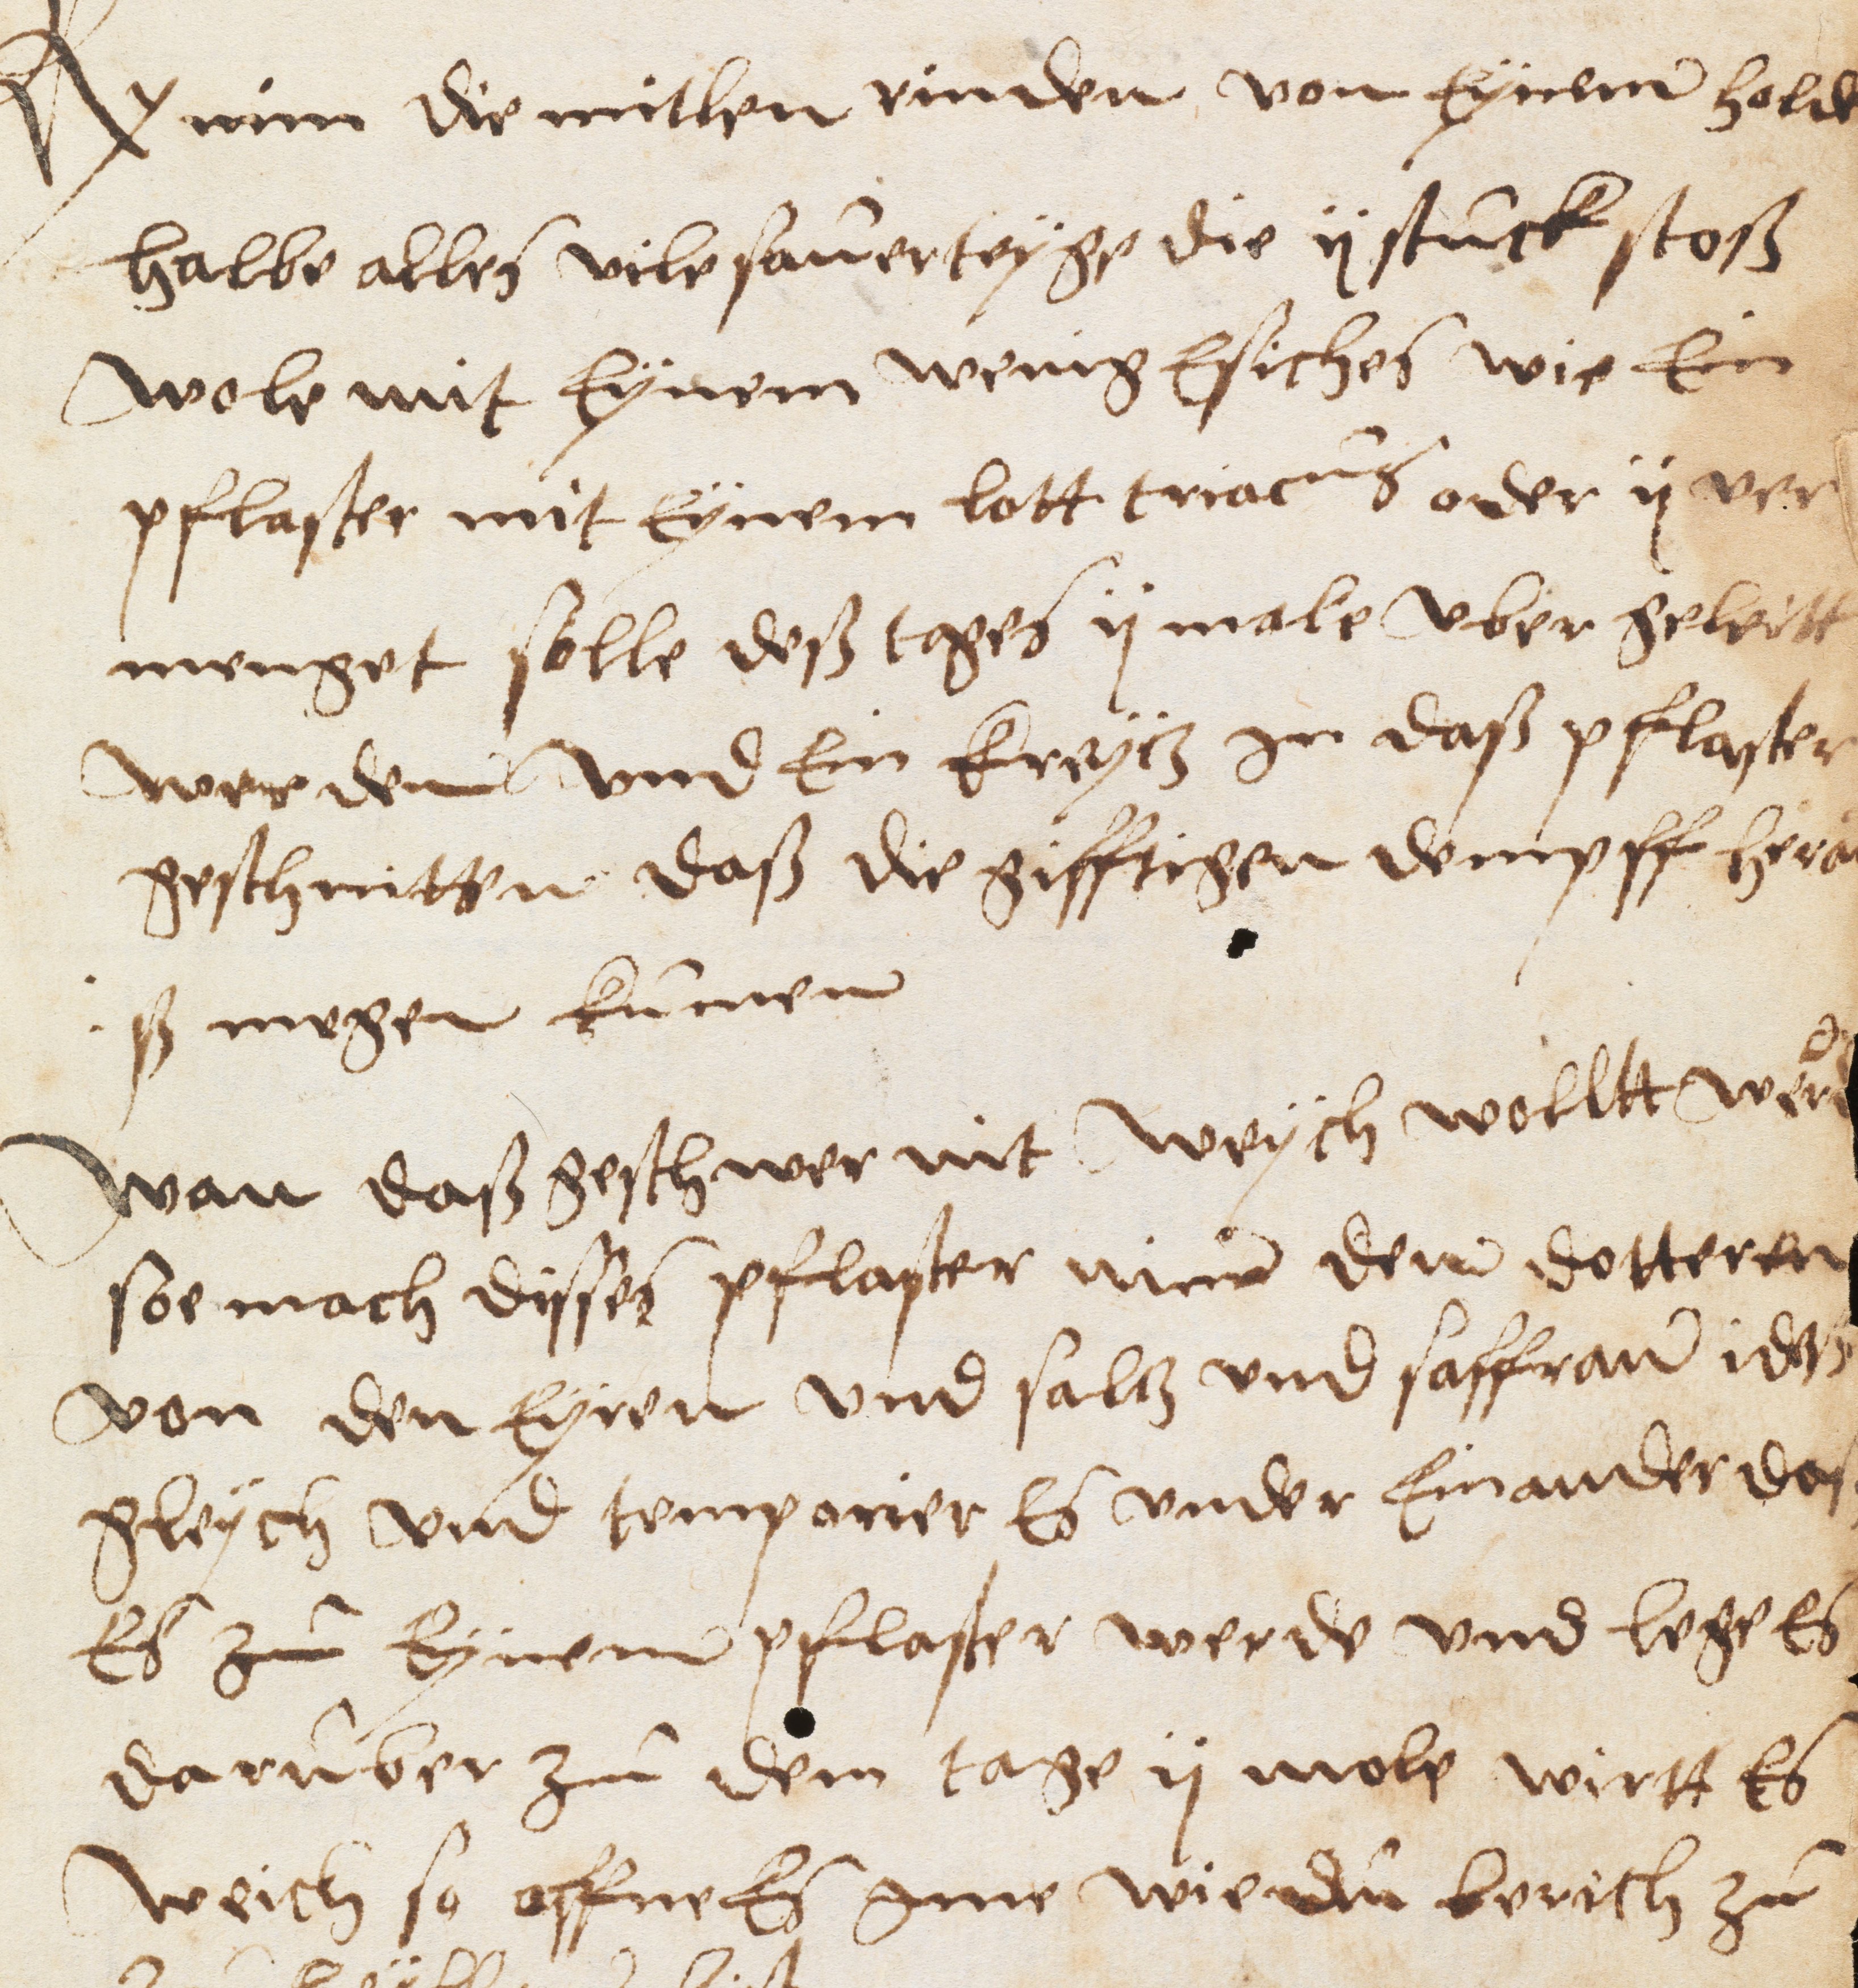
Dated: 1400–1599